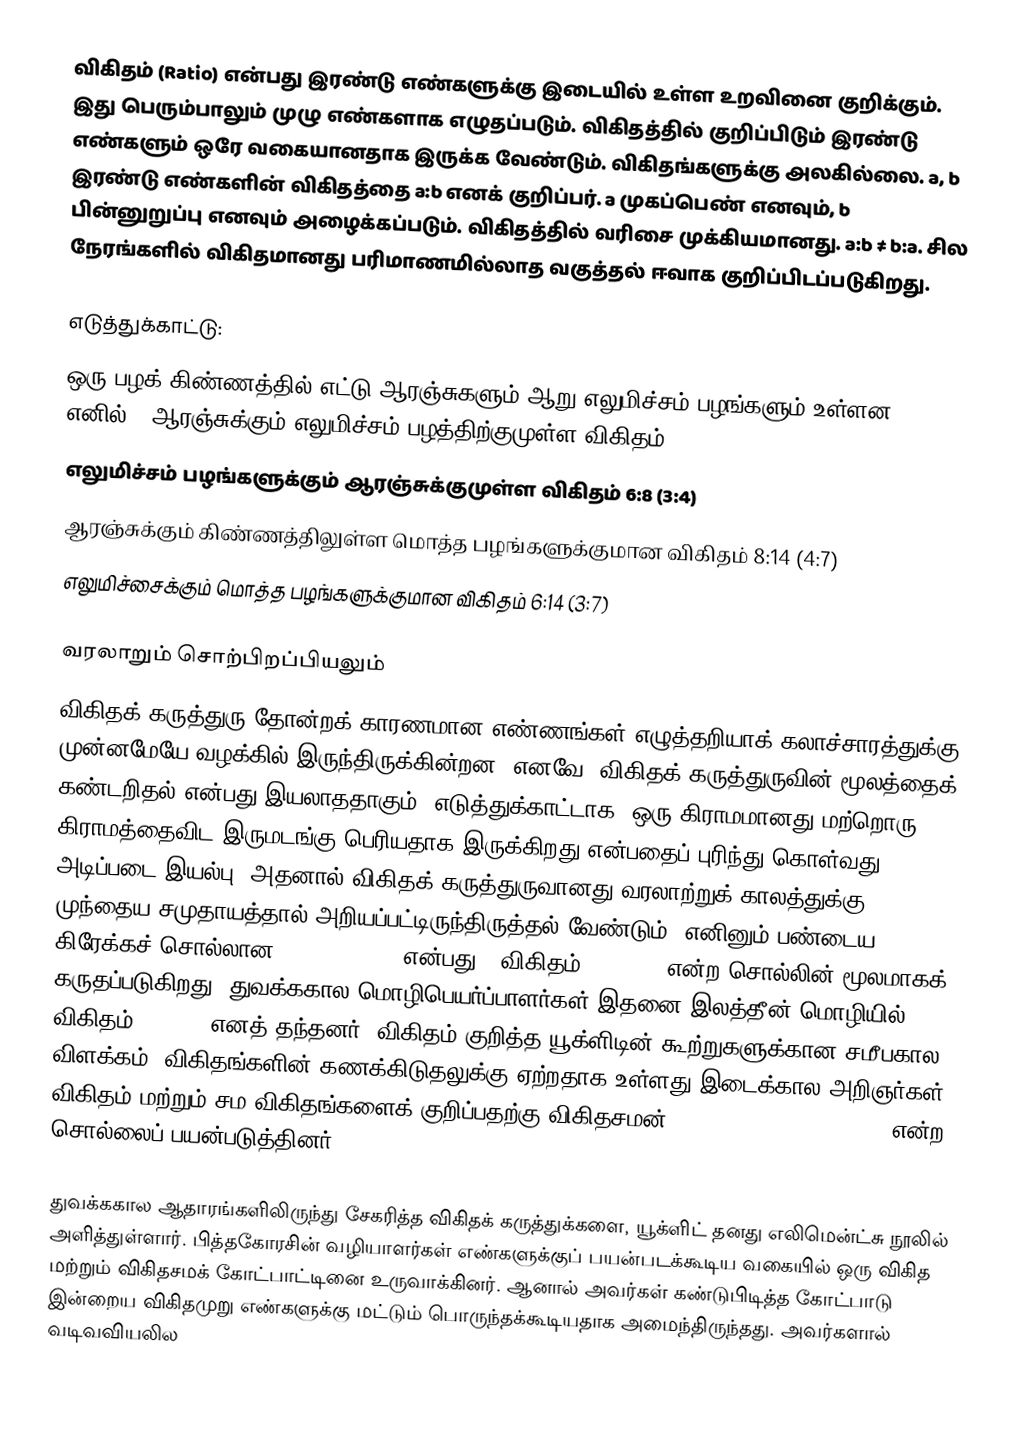
விகிதம் (Ratio) என்பது இரண்டு எண்களுக்கு இடையில் உள்ள உறவினை குறிக்கும். இது பெரும்பாலும் முழு எண்களாக எழுதப்படும். விகிதத்தில் குறிப்பிடும் இரண்டு எண்களும் ஒரே வகையானதாக இருக்க வேண்டும். விகிதங்களுக்கு அலகில்லை. a, b இரண்டு எண்களின் விகிதத்தை a:b எனக் குறிப்பர். a முகப்பெண் எனவும், b பின்னுறுப்பு எனவும் அழைக்கப்படும். விகிதத்தில் வரிசை முக்கியமானது. a:b ≠ b:a. சில நேரங்களில் விகிதமானது பரிமாணமில்லாத வகுத்தல் ஈவாக குறிப்பிடப்படுகிறது.

எடுத்துக்காட்டு:
ஒரு பழக் கிண்ணத்தில் எட்டு ஆரஞ்சுகளும் ஆறு எலுமிச்சம் பழங்களும் உள்ளன எனில்: *ஆரஞ்சுக்கும் எலுமிச்சம் பழத்திற்குமுள்ள விகிதம் 8:6 (4:3)
எலுமிச்சம் பழங்களுக்கும் ஆரஞ்சுக்குமுள்ள விகிதம் 6:8 (3:4)
ஆரஞ்சுக்கும் கிண்ணத்திலுள்ள மொத்த பழங்களுக்குமான விகிதம் 8:14 (4:7)
எலுமிச்சைக்கும் மொத்த பழங்களுக்குமான விகிதம் 6:14 (3:7)

வரலாறும் சொற்பிறப்பியலும்
விகிதக் கருத்துரு தோன்றக் காரணமான எண்ணங்கள் எழுத்தறியாக் கலாச்சாரத்துக்கு முன்னமேயே வழக்கில் இருந்திருக்கின்றன. எனவே, விகிதக் கருத்துருவின் மூலத்தைக் கண்டறிதல் என்பது இயலாததாகும். எடுத்துக்காட்டாக, ஒரு கிராமமானது மற்றொரு கிராமத்தைவிட இருமடங்கு பெரியதாக இருக்கிறது என்பதைப் புரிந்து கொள்வது அடிப்படை இயல்பு.  அதனால் விகிதக் கருத்துருவானது வரலாற்றுக் காலத்துக்கு முந்தைய சமுதாயத்தால் அறியப்பட்டிருந்திருத்தல் வேண்டும். எனினும் பண்டைய கிரேக்கச் சொல்லான λόγος (logos) என்பது, "விகிதம் (ratio)" என்ற சொல்லின் மூலமாகக் கருதப்படுகிறது. துவக்ககால மொழிபெயர்ப்பாளர்கள் இதனை இலத்தீன் மொழியில் விகிதம் (ratio) எனத் தந்தனர். விகிதம் குறித்த யூக்ளிடின் கூற்றுகளுக்கான சமீபகால விளக்கம், விகிதங்களின் கணக்கிடுதலுக்கு ஏற்றதாக உள்ளது இடைக்கால அறிஞர்கள், விகிதம் மற்றும் சம விகிதங்களைக் குறிப்பதற்கு விகிதசமன் (proportio: proportion") என்ற சொல்லைப் பயன்படுத்தினர்.

துவக்ககால ஆதாரங்களிலிருந்து சேகரித்த விகிதக் கருத்துக்களை, யூக்ளிட் தனது எலிமென்ட்சு நூலில் அளித்துள்ளார். பித்தகோரசின் வழியாளர்கள் எண்களுக்குப் பயன்படக்கூடிய வகையில் ஒரு விகித மற்றும் விகிதசமக் கோட்பாட்டினை உருவாக்கினர். ஆனால் அவர்கள் கண்டுபிடித்த கோட்பாடு இன்றைய விகிதமுறு எண்களுக்கு மட்டும் பொருந்தக்கூடியதாக அமைந்திருந்தது. அவர்களால் வடிவவியலில